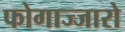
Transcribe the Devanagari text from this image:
फोगाज्जारो